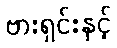
ဗားရှင်းနှင့်